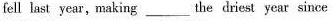
fell last year,making___the driest year since